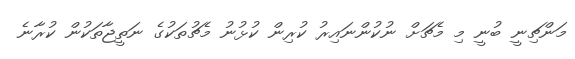
މަންޗިނީ ބުނީ މި މެޗަށް ނުކުންނައިރު ކުރިން ކުޅުނު މެޗުތަކުގެ ނަތީޖާތަކުން ކުރާނެ